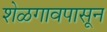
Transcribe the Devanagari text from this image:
शेळगावपासून